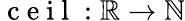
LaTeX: \mathrm{~c~e~i~l~}:\mathbb{R}\rightarrow\mathbb{N}